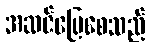
အဆင်ပြေစေသည်